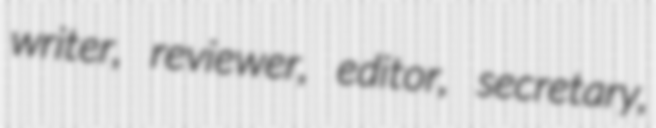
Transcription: writer, reviewer, editor, secretary,